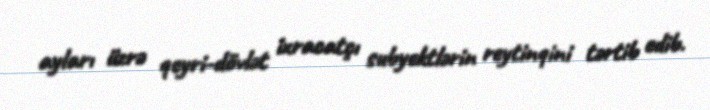
ayları üzrə qeyri-dövlət ixracatçı subyektlərin reytinqini tərtib edib.